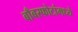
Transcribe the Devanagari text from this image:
बाँबस्फोटांमध्ये